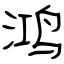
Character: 鸿